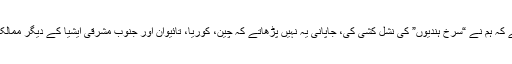
ظاہر ہے چھوٹے بچوں کو امریکی یہ تو نہیں پڑھاتے کہ ہم نے “سُرخ ہندیوں” کی نشل کشی کی، جاپانی یہ نہیں پڑھاتے کہ چین، کوریا، تائیوان اور جنوب مشرقی ایشیا کے دیگر ممالک میں ہم نے جنگ عظیم دوم میں کیا کیا مظالم کیئے۔